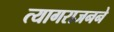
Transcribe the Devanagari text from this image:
त्यागराजनने